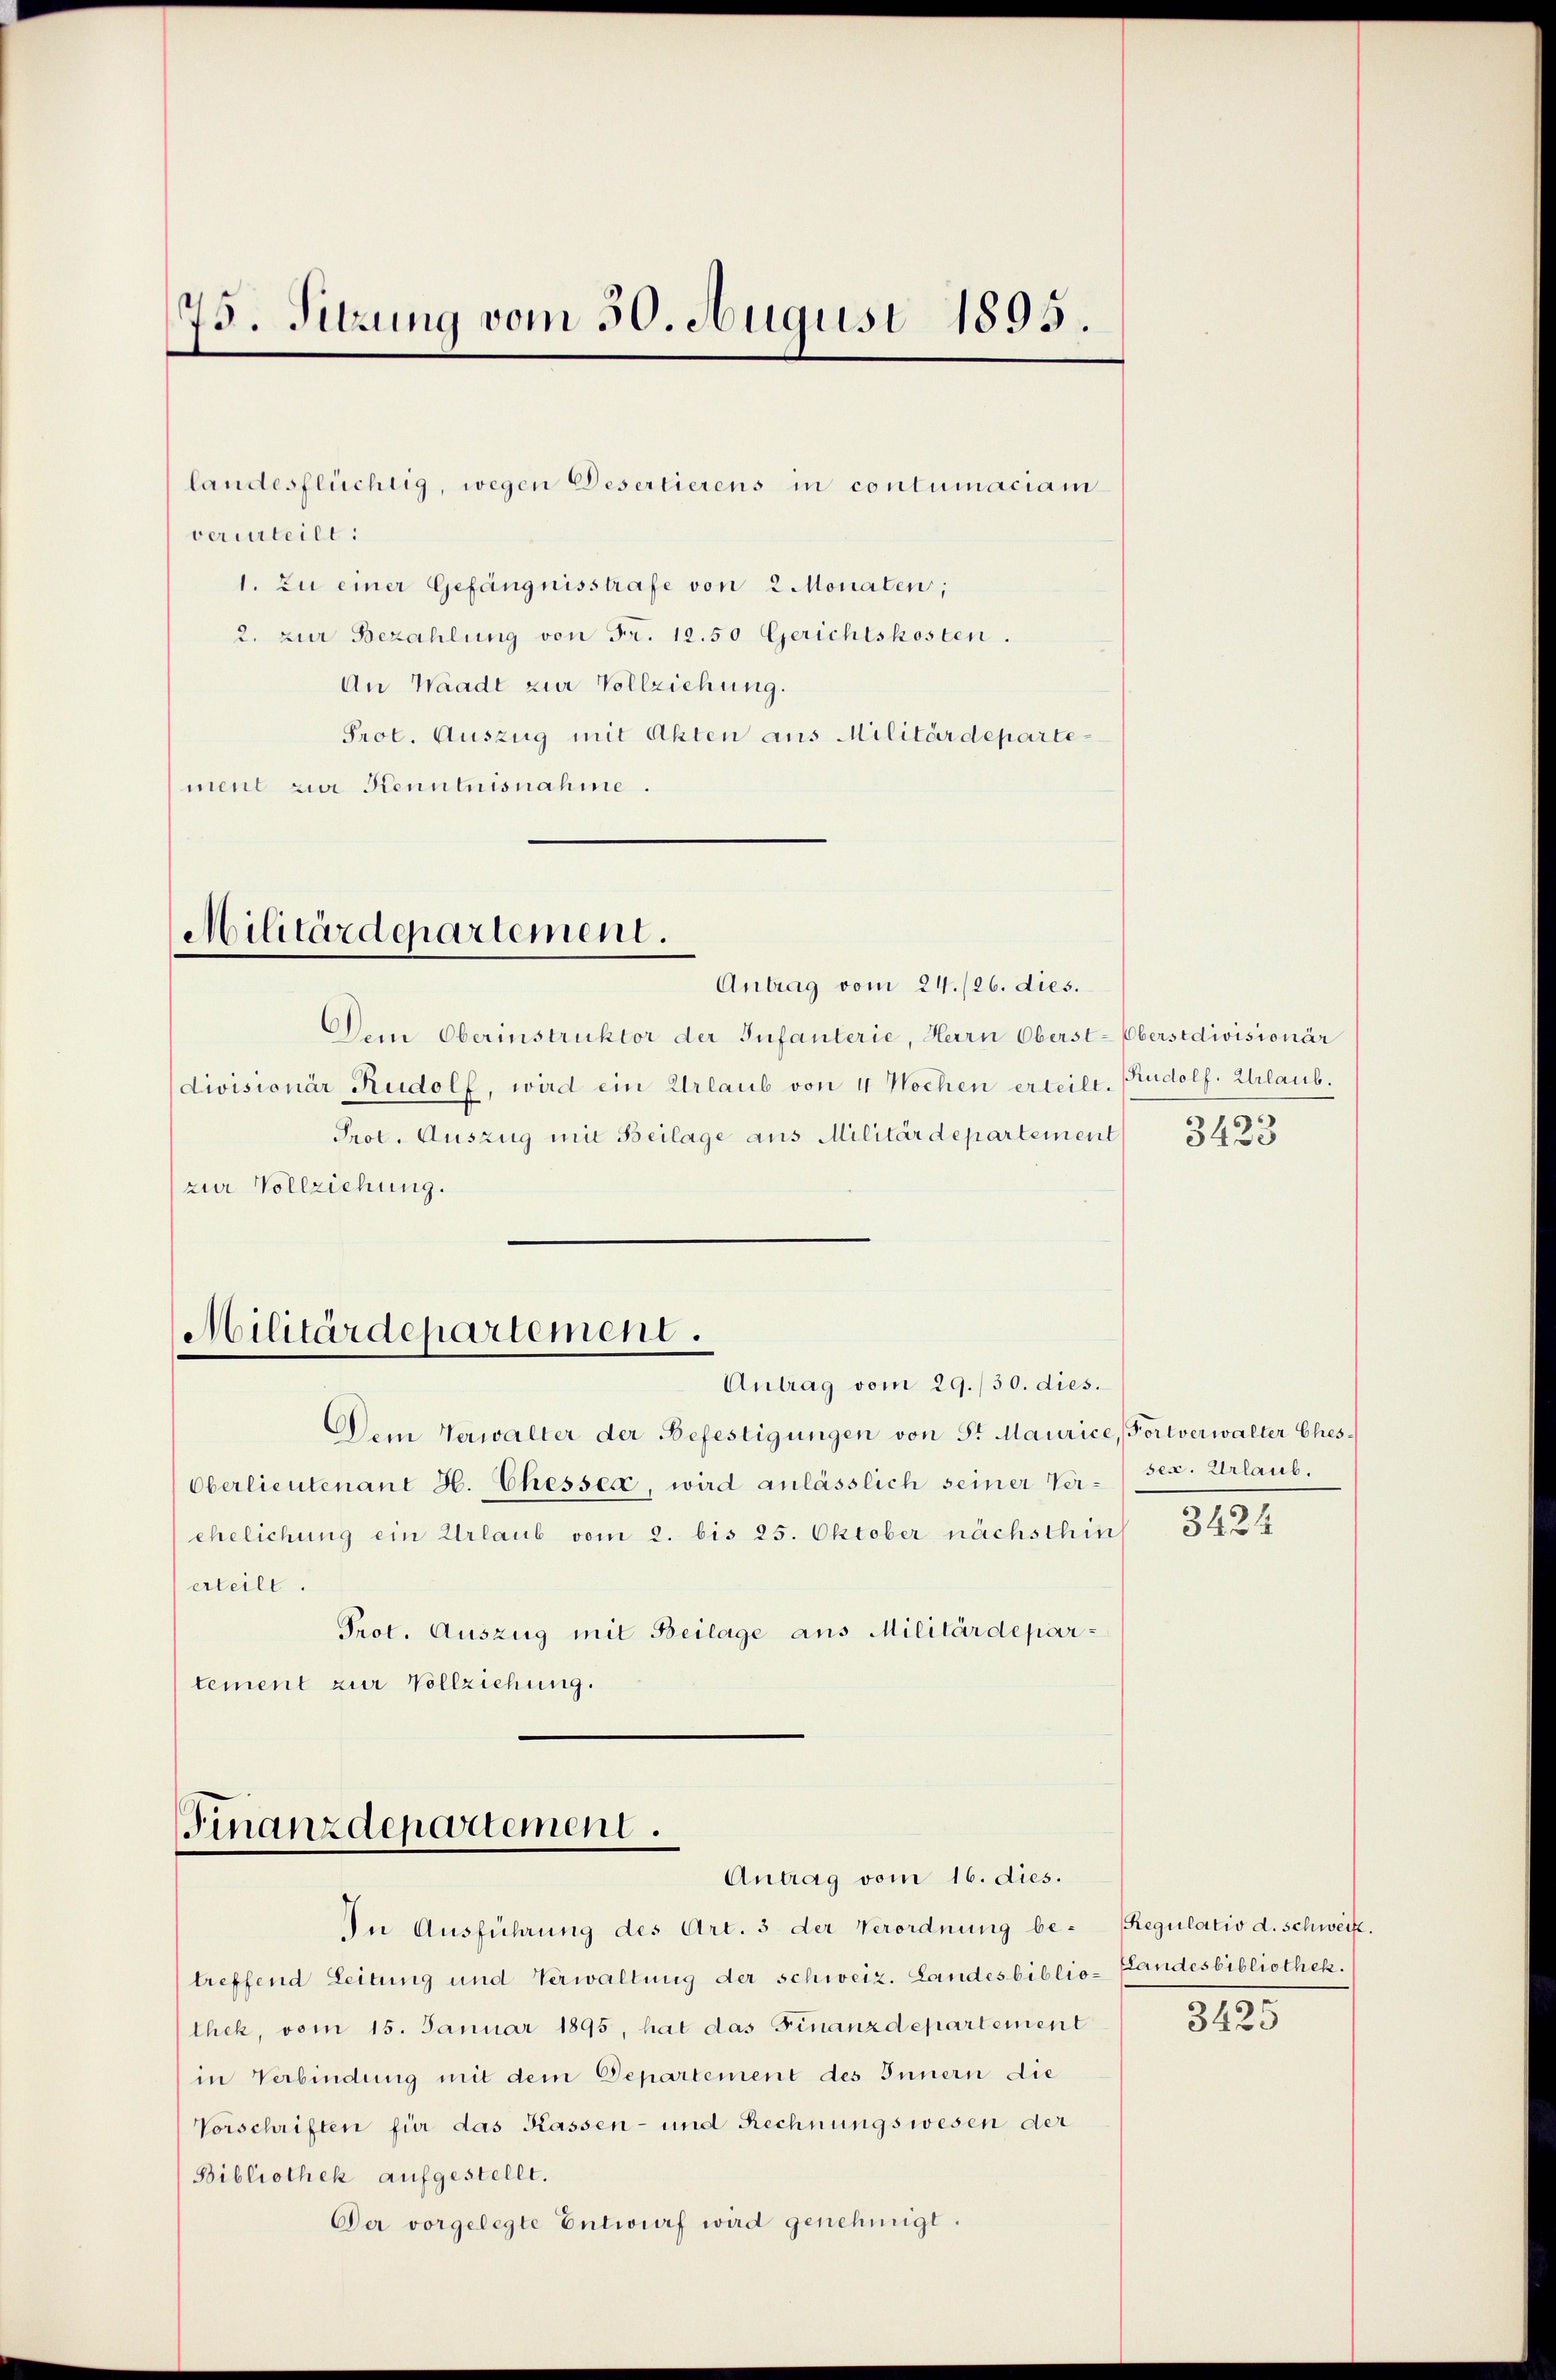
75. Sitzung vom 30. August 1895.

landesflüchtig, wegen Desertierens in contumaciam
verurteilt:
1. Zu einer Gefängnisstrafe von 2 Monaten;
2. zur Bezahlung von Fr. 12.50 Gerichtskosten.
An Waadt zur Vollziehung.
Prot. Auszug mit Akten aus Militärdepartement zur Kenntnisnahme.

Militärdepartement.

Antrag vom 24. /26. dies.
Dem Oberinstruktor der Infanterie, Herrn Oberst-Obersidivisionär
divisionär Rudolf, wird ein Urlaub von 4 Wochen erteilt. Rudolf. Urlaub.
Prot. Auszug mit Beilage aus Militärdepartement
zur Vollziehung.

Militärdepartement.

Antrag vom 29./30. dies.
Dem Verwalter der Befestigungen von Sr Maurice, Fortverwalter Ehes
Oberlieutenant H. Chesser, wird anlässlich seiner Verehelichung ein Urlaub vom 2. bis 25. Oktober nächsthin
erteilt.
Prot. Auszug mit Beilage aus Militärdepartement zur Vollziehung.

treffend Leitung und Verwaltung der schweiz. Landesbiblio-Landesbibliothek.
thek, vom 15. Januar 1895, hat das Finanzdepartement
in Verbindung mit dem Departement des Innern die
Vorschriften für das Kassen- und Rechnungswesen der
Bibliothek aufgestellt.
Der vorgelegte Entwurf wird genehmigt.

In Ausführung des Art. 3 der Verordnung be¬

Finanzdepartement.
Antrag vom 16. dies.

3423

sex. Urlaub.
3424

Regulativ d. Schweiz.

3425